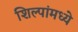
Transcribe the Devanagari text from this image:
शिल्पांमध्ये